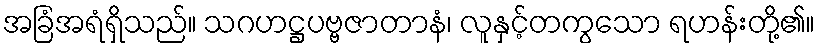
အခြံအရံရှိသည်။ သဂဟဋ္ဌပဗ္ဗဇာတာနံ၊ လူနှင့်တကွသော ရဟန်းတို့၏။